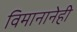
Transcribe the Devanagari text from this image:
विमानानेही